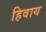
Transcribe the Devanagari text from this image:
हिवाय